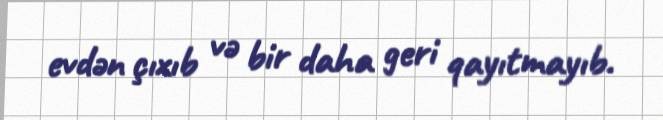
evdən çıxıb və bir daha geri qayıtmayıb.